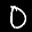
Label: 0